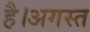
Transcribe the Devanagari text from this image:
है।अगस्त